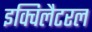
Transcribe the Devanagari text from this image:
इक्विलैटरल